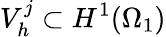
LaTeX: V_{h}^{j}\subset H^{1}(\Omega_{1})